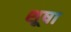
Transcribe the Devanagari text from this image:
शूषा